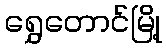
ရွှေတောင်မြို့